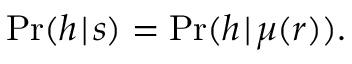
\operatorname* { P r } ( h \! \mid \! s ) = \operatorname* { P r } ( h \! \mid \! \mu ( \boldsymbol { r } ) ) .